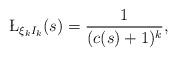
LaTeX: \begin{align*}\L_{\xi_k I_k}(s)=\frac{1}{(c(s)+1)^k},\end{align*}